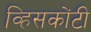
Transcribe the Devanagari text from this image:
व्हिसकोंटी